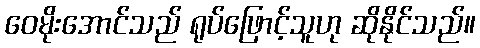
ဝေမိုးအောင်သည် ရုပ်ဖြောင့်သူဟု ဆိုနိုင်သည်။